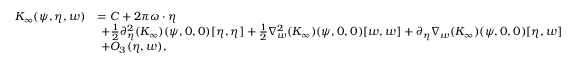
\begin{array} { r l } { K _ { \infty } ( \psi , \eta , w ) } & { = C + 2 \pi \omega \cdot \eta } \\ & { \ + \frac { 1 } { 2 } \partial _ { \eta } ^ { 2 } ( K _ { \infty } ) ( \psi , 0 , 0 ) [ \eta , \eta ] + \frac { 1 } { 2 } \nabla _ { w } ^ { 2 } ( K _ { \infty } ) ( \psi , 0 , 0 ) [ w , w ] + \partial _ { \eta } \nabla _ { w } ( K _ { \infty } ) ( \psi , 0 , 0 ) [ \eta , w ] } \\ & { \ + O _ { 3 } ( \eta , w ) , } \end{array}